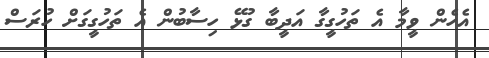
އެހެން ވީމާ އެ ތަހުގީގާ އަދީބާ ގުޅޭ ހިސާބުން އެ ތަހުގީގަށް ހުރަސް